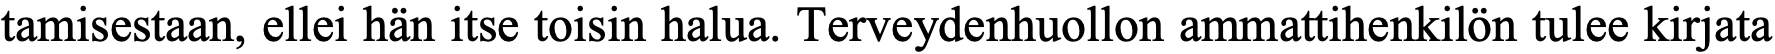
tamisestaan, ellei hän itse toisin halua. Terveydenhuollon ammattihenkilön tulee kirjata